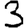
Digit: 3